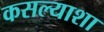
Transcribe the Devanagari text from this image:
कसल्याशा